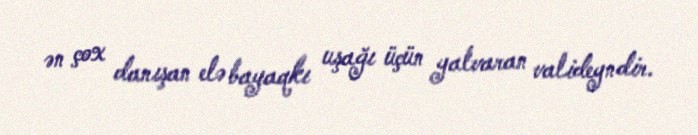
ən çox danışan elə bayaqkı uşağı üçün yalvaran valideyndir.